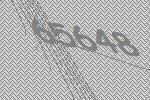
65648